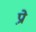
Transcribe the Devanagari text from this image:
प्रो़